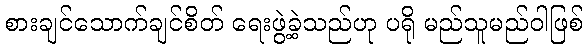
စားချင်သောက်ချင်စိတ် ရေးဖွဲ့ခဲ့သည်ဟု ပရို မည်သူမည်ဝါဖြစ်